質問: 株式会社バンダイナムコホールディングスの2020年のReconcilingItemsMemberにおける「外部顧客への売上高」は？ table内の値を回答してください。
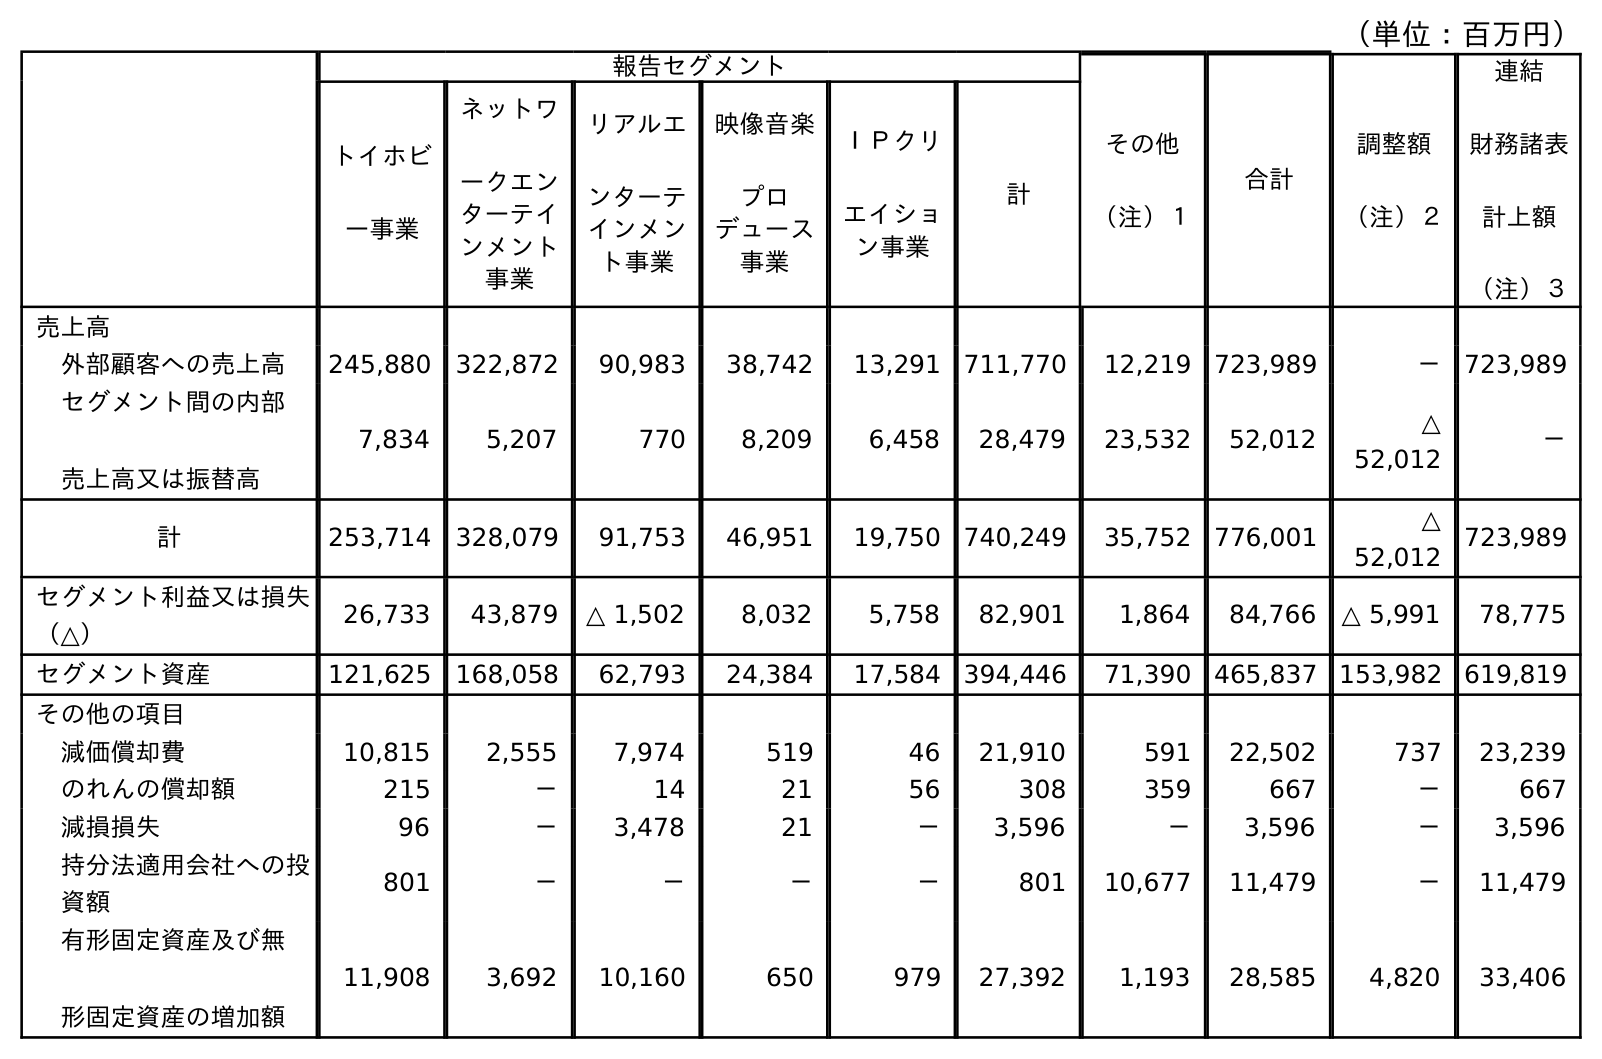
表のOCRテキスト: （単位：百万円） 報告セグメント その他 （注）１ 合計 調整額 （注）２ 連結 財務諸表 計上額 （注）３ トイホビ ー事業 ネットワ ークエン ターテイ ンメント 事業 リアルエ ンターテ インメン ト事業 映像音楽 プロ デュース 事業 ＩＰクリ エイショ ン事業 計 売上高 外部顧客への売上高 245,880 322,872 90,983 38,742 13,291 711,770 12,219 723,989 － 723,989 セグメント間の内部 売上高又は振替高 7,834 5,207 770 8,209 6,458 28,479 23,532 52,012 △ 52,012 － 計 253,714 328,079 91,753 46,951 19,750 740,249 35,752 776,001 △ 52,012 723,989 セグメント利益又は損失 （△） 26,733 43,879 △ 1,502 8,032 5,758 82,901 1,864 84,766 △ 5,991 78,775 セグメント資産 121,625 168,058 62,793 24,384 17,584 394,446 71,390 465,837 153,982 619,819 その他の項目 減価償却費 10,815 2,555 7,974 519 46 21,910 591 22,502 737 23,239 のれんの償却額 215 － 14 21 56 308 359 667 － 667 減損損失 96 － 3,478 21 － 3,596 － 3,596 － 3,596 持分法適用会社への投 資額 801 － － － － 801 10,677 11,479 － 11,479 有形固定資産及び無 形固定資産の増加額 11,908 3,692 10,160 650 979 27,392 1,193 28,585 4,820 33,406
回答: －